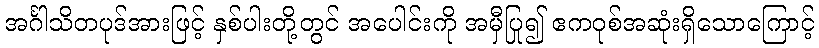
အင်္ဂါသိတပုဒ်အားဖြင့် နှစ်ပါးတို့တွင် အပေါင်းကို အမှီပြု၍ ဧကဝုစ်အဆုံးရှိသောကြောင့်